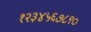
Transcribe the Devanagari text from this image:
१२३४५६७८९०